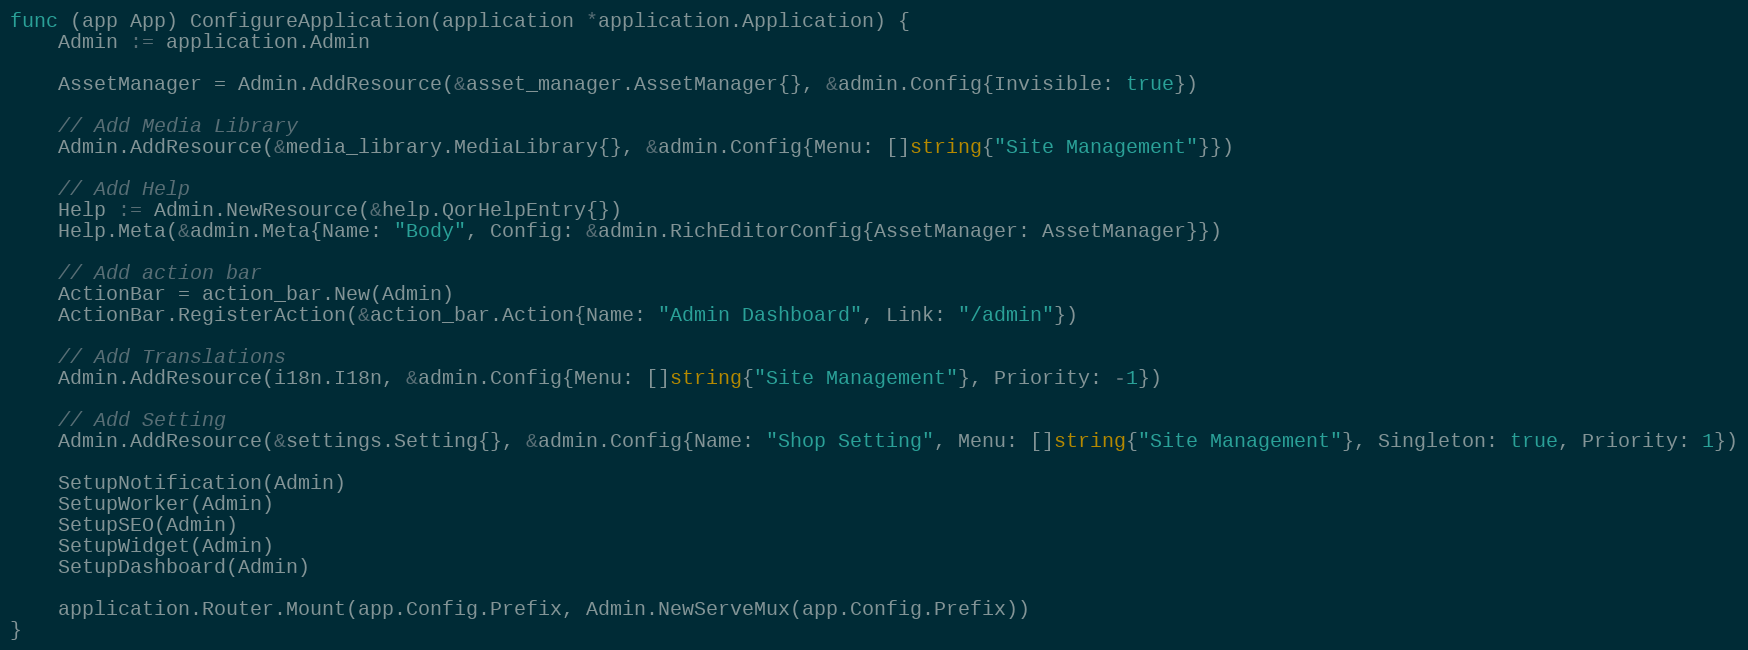
Language: Go
func (app App) ConfigureApplication(application *application.Application) {
	Admin := application.Admin

	AssetManager = Admin.AddResource(&asset_manager.AssetManager{}, &admin.Config{Invisible: true})

	// Add Media Library
	Admin.AddResource(&media_library.MediaLibrary{}, &admin.Config{Menu: []string{"Site Management"}})

	// Add Help
	Help := Admin.NewResource(&help.QorHelpEntry{})
	Help.Meta(&admin.Meta{Name: "Body", Config: &admin.RichEditorConfig{AssetManager: AssetManager}})

	// Add action bar
	ActionBar = action_bar.New(Admin)
	ActionBar.RegisterAction(&action_bar.Action{Name: "Admin Dashboard", Link: "/admin"})

	// Add Translations
	Admin.AddResource(i18n.I18n, &admin.Config{Menu: []string{"Site Management"}, Priority: -1})

	// Add Setting
	Admin.AddResource(&settings.Setting{}, &admin.Config{Name: "Shop Setting", Menu: []string{"Site Management"}, Singleton: true, Priority: 1})

	SetupNotification(Admin)
	SetupWorker(Admin)
	SetupSEO(Admin)
	SetupWidget(Admin)
	SetupDashboard(Admin)

	application.Router.Mount(app.Config.Prefix, Admin.NewServeMux(app.Config.Prefix))
}